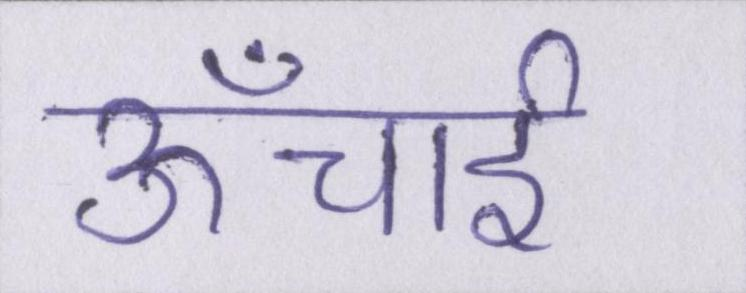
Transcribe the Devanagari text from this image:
ऊँचाई